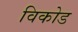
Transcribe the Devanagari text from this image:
विकोड